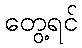
တွေ့ရင်